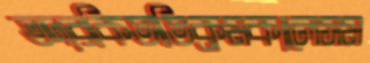
তদারকিঅতিক্রমকালেসম